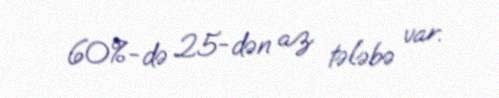
60%-də 25-dən az tələbə var.